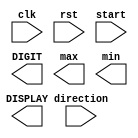
module lab4_1 ( 
    input wire clk,
    input wire rst,
    input wire start,
    input wire direction,
    output reg [3:0] DIGIT,
    output reg [6:0] DISPLAY,
    output reg max,
    output reg min
); 
    
endmodule